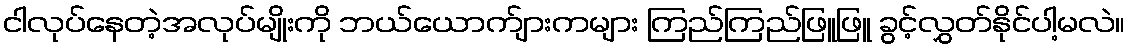
ငါလုပ်နေတဲ့အလုပ်မျိုးကို ဘယ်ယောက်ျားကများ ကြည်ကြည်ဖြူဖြူ ခွင့်လွှတ်နိုင်ပါ့မလဲ။